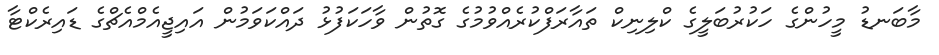
މާބަނޑު މީހުންގެ ހަކުރުބަލީގެ ކްލިނިކް ތައާރަފްކުރެއްވުމުގެ ގޮތުން ވާހަކަފުޅު ދައްކަވަމުން އައިޖީއެމްއެޗްގެ ޑައިރެކްޓާ